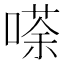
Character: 𠻬